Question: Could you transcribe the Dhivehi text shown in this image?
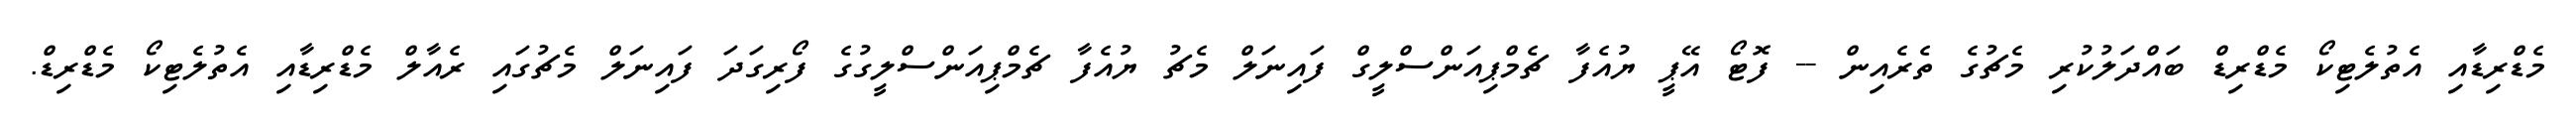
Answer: މެޑްރިޑާއި އެތުލެޓިކޯ މެޑްރިޑް ބައްދަލުކުރި މެޗުގެ ތެރެއިން -- ފޮޓޯ އޭޕީ ޔުއެފާ ޗެމްޕިއަންސްލީގް ފައިނަލް މެޗު ޔުއެފާ ޗެމްޕިއަންސްލީގުގެ ފޯރިގަދަ ފައިނަލް މެޗުގައި ރެއާލް މެޑްރިޑާއި އެތުލެޓިކޯ މެޑްރިޑް.